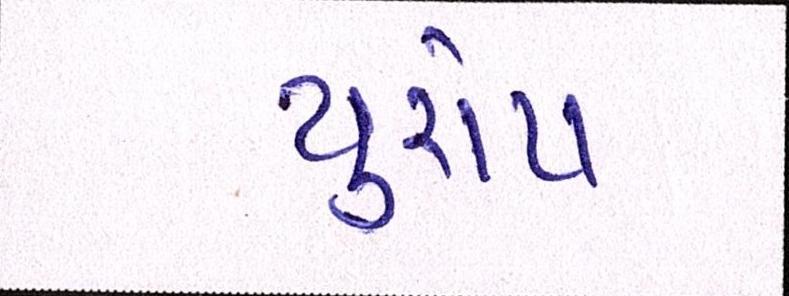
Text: યુરોપ